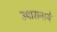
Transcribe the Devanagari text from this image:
उपासनायें